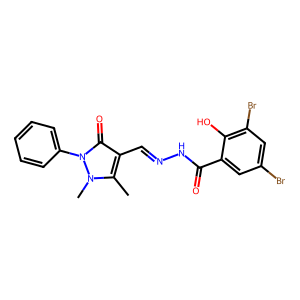
SMILES: Cc1c(C=NNC(=O)c2cc(Br)cc(Br)c2O)c(=O)n(-c2ccccc2)n1C
Inhibits HIV replication: No